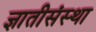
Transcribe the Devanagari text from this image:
ज्ञातीसंस्था